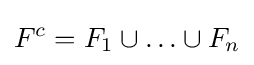
F^{c}=F_{1}\cup \ldots \cup F_{n}